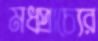
মধপ্রাচ্যের